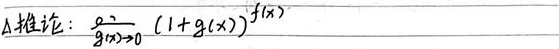
推论：\(\lim_{g(x)\to 0}(1 + g(x))^{f(x)}\)